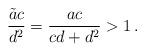
LaTeX: \begin{align*} \frac{\tilde{a}c}{d^2} = \frac{ac}{cd+d^2}>1\,.\end{align*}